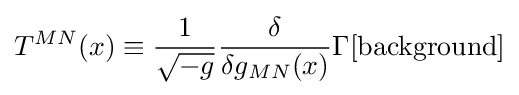
T^{MN}(x)\equiv {\frac {1}{\sqrt {-g}}}{\frac {\delta }{\delta g_{MN}(x)}}\Gamma [{\text{background}}]